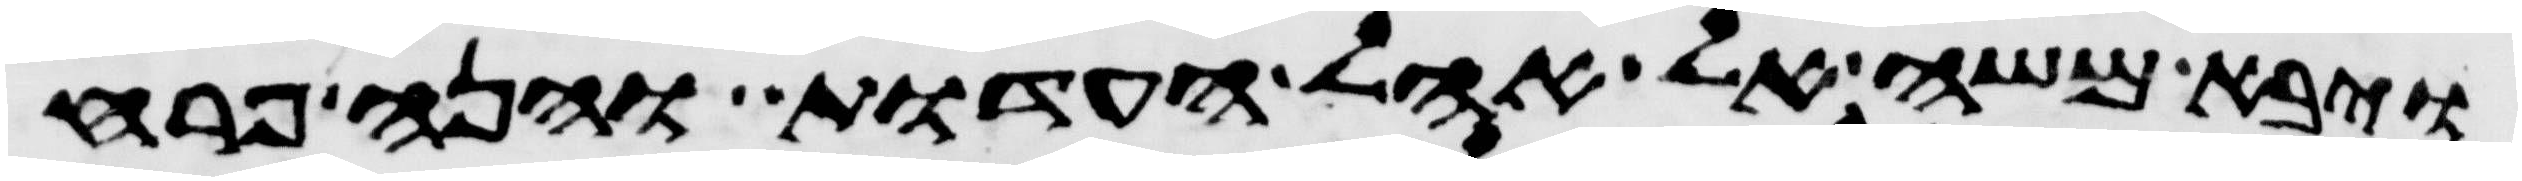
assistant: ויבא משה אל אהל העדות והנה פרח